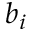
b _ { i }